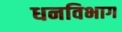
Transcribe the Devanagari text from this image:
धनविभाग